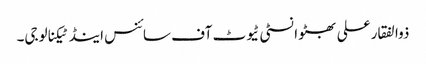
ذوالفقار علی بھٹو انسٹی ٹیوٹ آف سائنس اینڈ ٹیکنالوجی۔